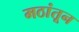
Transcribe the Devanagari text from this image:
मठांतून